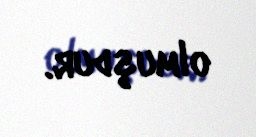
olmuşdur.